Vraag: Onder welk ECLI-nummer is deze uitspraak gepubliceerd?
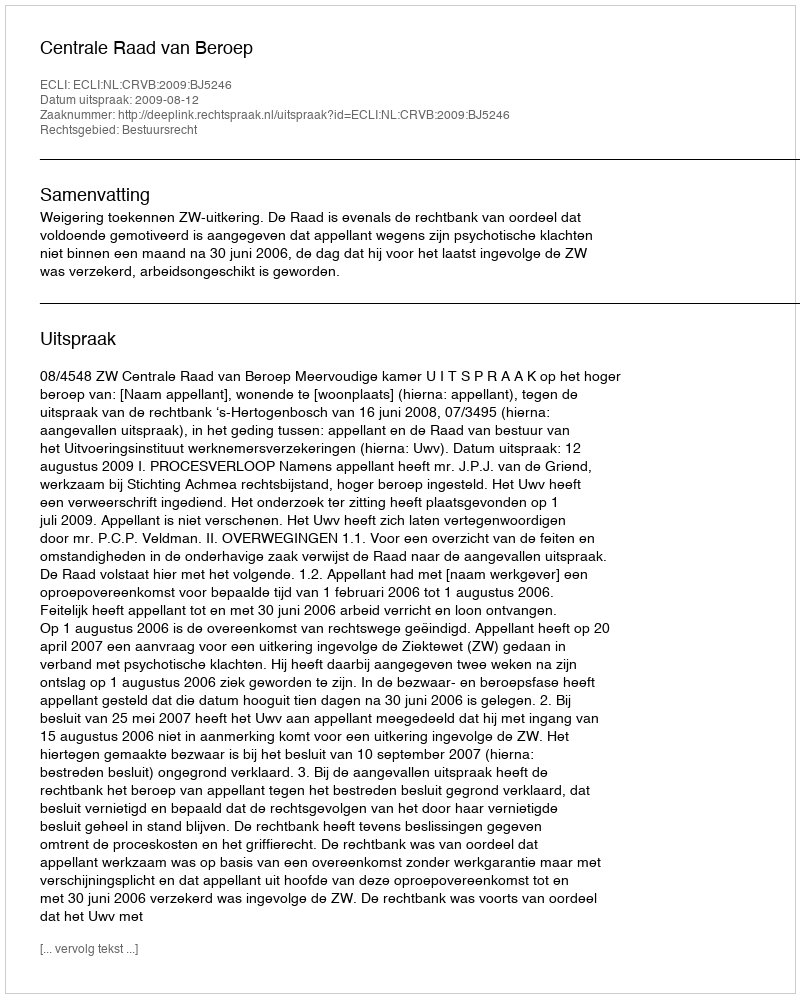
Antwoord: ECLI:NL:CRVB:2009:BJ5246